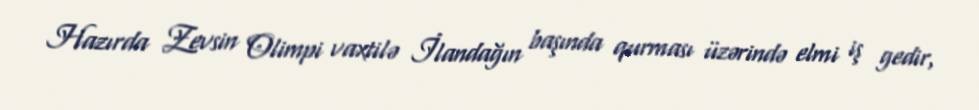
Hazırda Zevsin Olimpi vaxtilə İlandağın başında qurması üzərində elmi iş gedir,